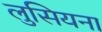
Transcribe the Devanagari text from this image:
लुसियना